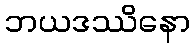
ဘယဒဿိနော